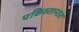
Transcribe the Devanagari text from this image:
पकिस्तानात